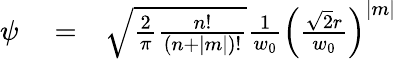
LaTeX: \begin{array}{rlr}{\psi}&{{}=}&{\sqrt{\frac{2}{\pi}\frac{n!}{(n+|m|)!}}\frac{1}{w_{0}}\left(\frac{\sqrt{2}r}{w_{0}}\right)^{|m|}}\end{array}